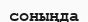
соныңда